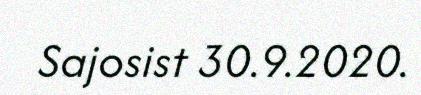
Sajosist 30.9.2020.